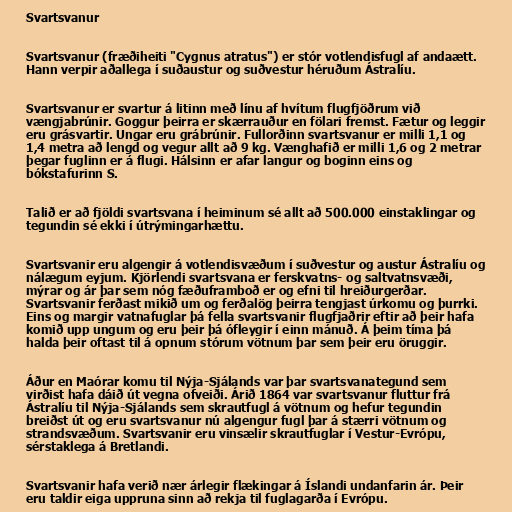
Svartsvanur

Svartsvanur (fræðiheiti "Cygnus atratus") er stór votlendisfugl af andaætt.
Hann verpir aðallega í suðaustur og suðvestur héruðum Ástralíu.

Svartsvanur er svartur á litinn með línu af hvítum flugfjöðrum við
vængjabrúnir. Goggur þeirra er skærrauður en fölari fremst. Fætur og leggir
eru grásvartir. Ungar eru grábrúnir. Fullorðinn svartsvanur er milli 1,1 og
1,4 metra að lengd og vegur allt að 9 kg. Vænghafið er milli 1,6 og 2 metrar
þegar fuglinn er á flugi. Hálsinn er afar langur og boginn eins og
bókstafurinn S.

Talið er að fjöldi svartsvana í heiminum sé allt að 500.000 einstaklingar og
tegundin sé ekki í útrýmingarhættu.

Svartsvanir eru algengir á votlendisvæðum í suðvestur og austur Ástralíu og
nálægum eyjum. Kjörlendi svartsvana er ferskvatns- og saltvatnsvæði,
mýrar og ár þar sem nóg fæðuframboð er og efni til hreiðurgerðar.
Svartsvanir ferðast mikið um og ferðalög þeirra tengjast úrkomu og þurrki.
Eins og margir vatnafuglar þá fella svartsvanir flugfjaðrir eftir að þeir hafa
komið upp ungum og eru þeir þá ófleygir í einn mánuð. Á þeim tíma þá
halda þeir oftast til á opnum stórum vötnum þar sem þeir eru öruggir.

Áður en Maórar komu til Nýja-Sjálands var þar svartsvanategund sem
virðist hafa dáið út vegna ofveiði. Árið 1864 var svartsvanur fluttur frá
Ástralíu til Nýja-Sjálands sem skrautfugl á vötnum og hefur tegundin
breiðst út og eru svartsvanur nú algengur fugl þar á stærri vötnum og
strandsvæðum. Svartsvanir eru vinsælir skrautfuglar í Vestur-Evrópu,
sérstaklega á Bretlandi.

Svartsvanir hafa verið nær árlegir flækingar á Íslandi undanfarin ár. Þeir
eru taldir eiga uppruna sinn að rekja til fuglagarða í Evrópu.